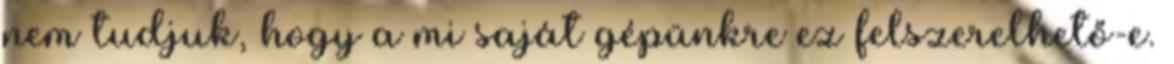
nem tudjuk, hogy a mi saját gépünkre ez felszerelhető-e.